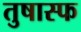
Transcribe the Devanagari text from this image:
तुषास्फ